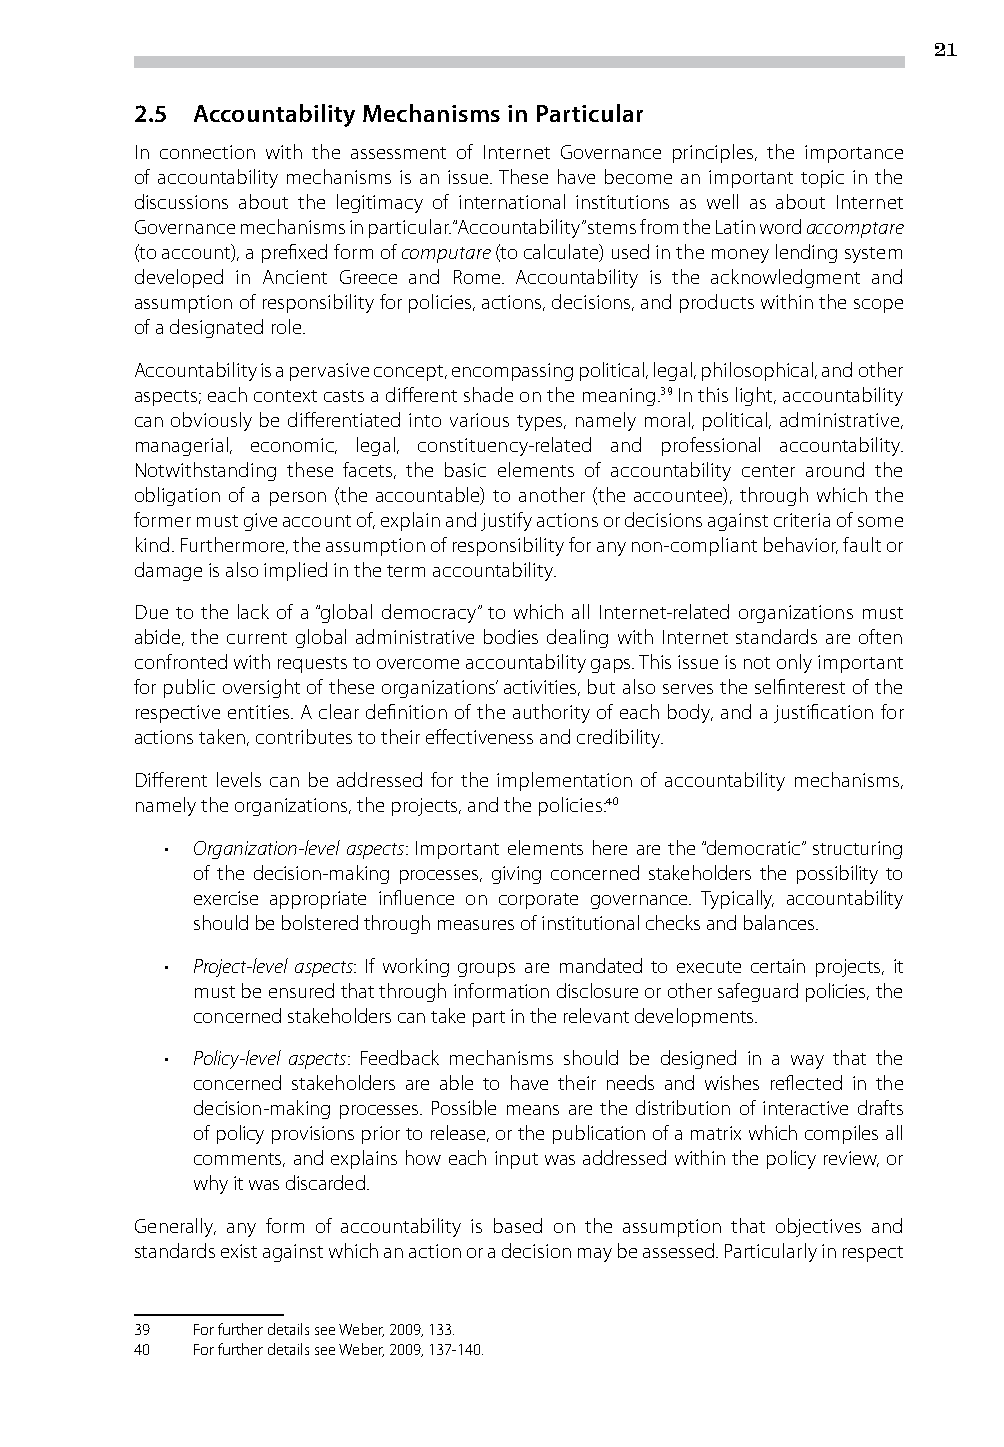
21
 2.5 Accountability Mechanisms in Particular
 In connection with the assessment of Internet Governance principles, the importance
 of accountability mechanisms is an issue. These have become an important topic in the
 discussions about the legitimacy of international institutions as well as about Internet
 Governance mechanisms in particular. “Accountability” stems from the Latin word accomptare
 (to account), a prefixed form of computare (to calculate) used in the money lending system
 developed in Ancient Greece and Rome. Accountability is the acknowledgment and
 assumption of responsibility for policies, actions, decisions, and products within the scope
 of a designated role.
 Accountability is a pervasive concept, encompassing political, legal, philosophical, and other
 aspects; each context casts a different shade on the meaning.39 In this light, accountability
 can obviously be differentiated into various types, namely moral, political, administrative,
 managerial, economic, legal, constituency-related and professional accountability.
 Notwithstanding these facets, the basic elements of accountability center around the
 obligation of a person (the accountable) to another (the accountee), through which the
 former must give account of, explain and justify actions or decisions against criteria of some
 kind. Furthermore, the assumption of responsibility for any non-compliant behavior, fault or
 damage is also implied in the term accountability.
 Due to the lack of a “global democracy” to which all Internet-related organizations must
 abide, the current global administrative bodies dealing with Internet standards are often
 confronted with requests to overcome accountability gaps. This issue is not only important
 for public oversight of these organizations’ activities, but also serves the selfinterest of the
 respective entities. A clear definition of the authority of each body, and a justification for
 actions taken, contributes to their effectiveness and credibility.
 Different levels can be addressed for the implementation of accountability mechanisms,
 namely the organizations, the projects, and the policies:40
 • Organization-level aspects: Important elements here are the “democratic” structuring
 of the decision-making processes, giving concerned stakeholders the possibility to
 exercise appropriate influence on corporate governance. Typically, accountability
 should be bolstered through measures of institutional checks and balances.
 • Project-level aspects: If working groups are mandated to execute certain projects, it
 must be ensured that through information disclosure or other safeguard policies, the
 concerned stakeholders can take part in the relevant developments.
 • Policy-level aspects: Feedback mechanisms should be designed in a way that the
 concerned stakeholders are able to have their needs and wishes reflected in the
 decision-making processes. Possible means are the distribution of interactive drafts
 of policy provisions prior to release, or the publication of a matrix which compiles all
 comments, and explains how each input was addressed within the policy review, or
 why it was discarded.
 Generally, any form of accountability is based on the assumption that objectives and
 standards exist against which an action or a decision may be assessed. Particularly in respect
 39  For further details see Weber, 2009, 133.
 40  For further details see Weber, 2009, 137-140.